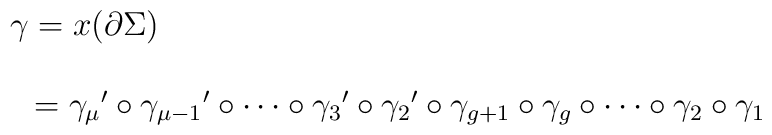
\left.\begin{array}{l}\gamma=x(\partial\Sigma)\\\\\hspace{3mm}={\gamma_\mu}'\circ{\gamma_{\mu-1}}'\circ\cdots\circ{\gamma_3}'\circ{\gamma_2}'\circ\gamma_{g+1}\circ\gamma_g\circ\cdots\circ\gamma_2\circ\gamma_1\\\end{array}\right.